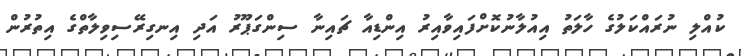
ކުއްލި ނުރައްކަލުގެ ހާލަތު އިއުލާނުކޮށްފައިވާއިރު އިންޑިއާ ޗައިނާ ސިންގަޕޫރު އަދި އިނގިރޭސިވިލާތްގެ އިތުރުން